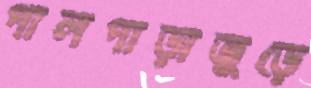
পালপাড়াজুড়ে